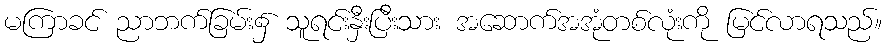
မကြာခင် ညာဘက်ခြမ်း၌ သူရင်းနှီးပြီးသား အဆောက်အအုံတစ်လုံးကို မြင်လာရသည်။